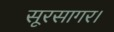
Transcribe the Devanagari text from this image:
सूरसागर।